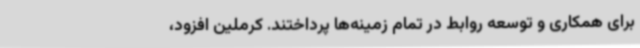
برای همکاری و توسعه روابط در تمام زمینه‌ها پرداختند. کرملین افزود،